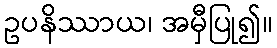
ဥပနိဿာယ၊ အမှီပြု၍။